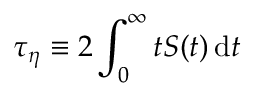
\tau _ { \eta } \equiv 2 \int _ { 0 } ^ { \infty } t S ( t ) \, \mathrm { d } t